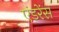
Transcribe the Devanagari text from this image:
एंडरेंस